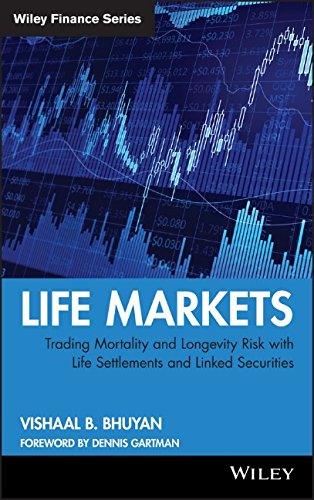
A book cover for Life Markets: Trading Mortality and Longevity Risk with Life Settlements and Linked Securities; Vishaal B. Bhuyan; Business & Money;